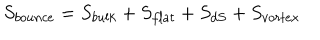
S _ { b o u n c e } = S _ { b u l k } + S _ { f l a t } + S _ { d S } + S _ { v o r t e x }